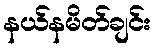
နယ်နမိတ်ချင်း